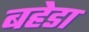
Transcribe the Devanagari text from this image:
बहेडा